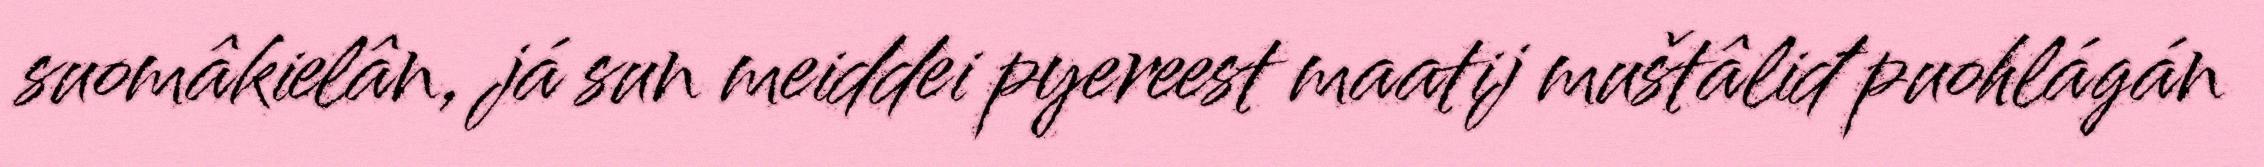
suomâkielân, já sun meiddei pyereest maatij muštâliđ puohlágán